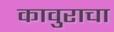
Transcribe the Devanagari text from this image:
कावुराचा